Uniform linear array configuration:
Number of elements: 48
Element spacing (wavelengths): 0.5
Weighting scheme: uniform
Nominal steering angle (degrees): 45
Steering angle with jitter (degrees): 45.107
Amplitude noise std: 0.05
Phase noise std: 0.05

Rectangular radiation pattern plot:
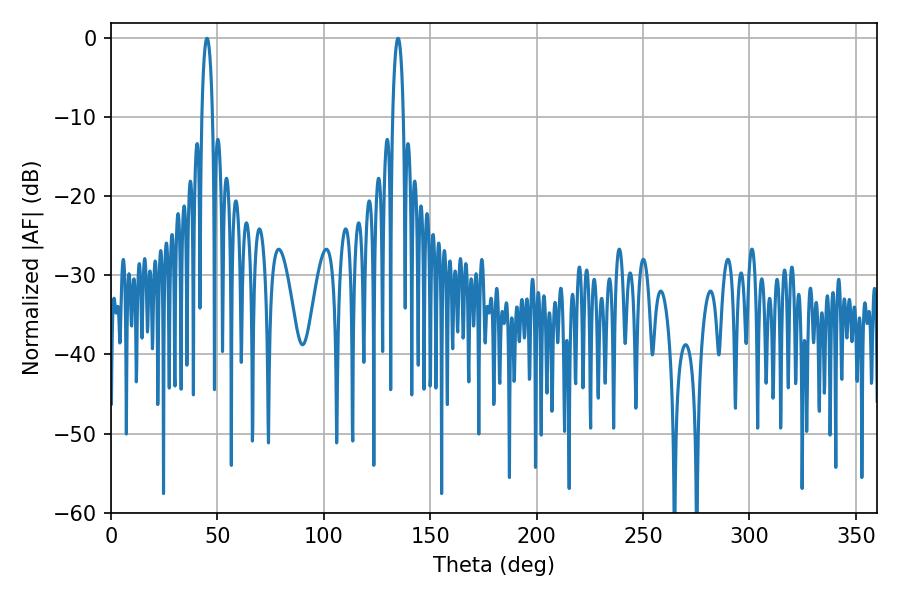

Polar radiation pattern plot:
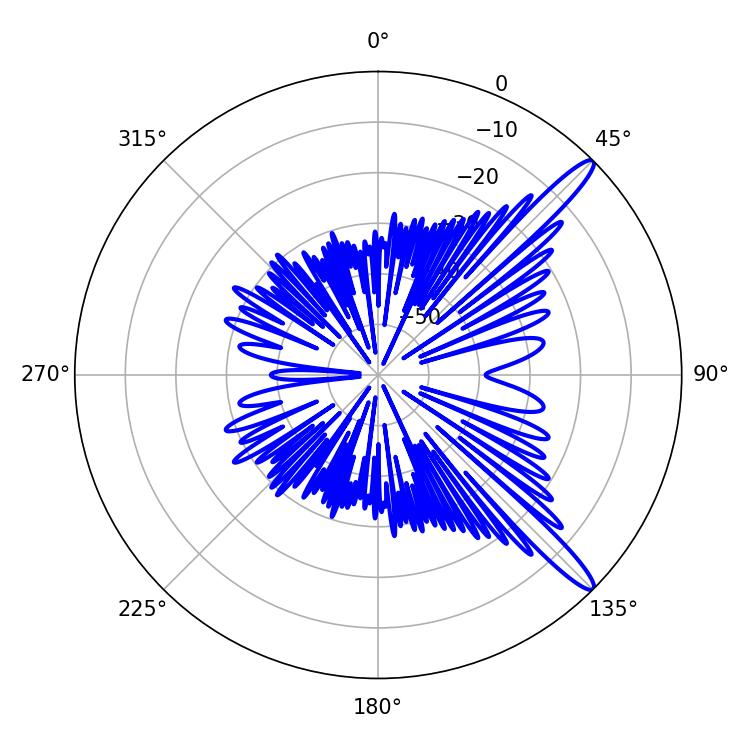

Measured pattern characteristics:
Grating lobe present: FALSE
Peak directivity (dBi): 13.811
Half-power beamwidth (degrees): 2.88
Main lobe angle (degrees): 134.82